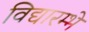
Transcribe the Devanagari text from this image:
विद्यारम्भे